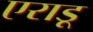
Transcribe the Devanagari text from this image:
एराडू